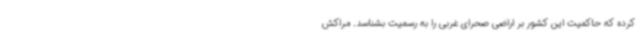
کرده که حاکمیت این کشور بر اراضی صحرای غربی را به رسمیت بشناسد. مراکش